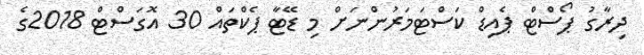
ދިރާގު ޕޯސްޓް ޕެއިޑް ކަސްޓަމަރުންނަށް މި ޑޭޓާ ޕެކްތައް 30 އޮގަސްޓް 2018ގެ